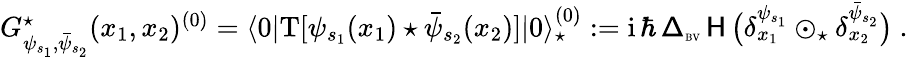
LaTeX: \begin{array}{r}{G_{\psi_{s_{1}},\bar{\psi}_{s_{2}}}^{\star}(x_{1},x_{2})^{(0)}=\langle 0|\mathrm{T}[\psi_{s_{1}}(x_{1})\star\bar{\psi}_{s_{2}}(x_{2})]|0\rangle_{\star}^{(0)}:={\mathrm{i}}\, \hbar\, {\mathsf\Delta}_{\textrm{\tiny BV}}\, \mathsf{H}\, \big(\delta_{x_{1}}^{\psi_{s_{1}}}\odot_{\star}\delta_{x_{2}}^{\bar{\psi}_{s_{2}}}\big)\ .}\end{array}